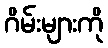
ဂိမ်းများကို